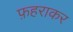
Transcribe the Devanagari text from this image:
फ़हराकर